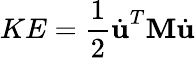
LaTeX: KE=\frac{1}{2}\dot{\textbf{u}}^{T}\textbf{M}\dot{\textbf{u}}